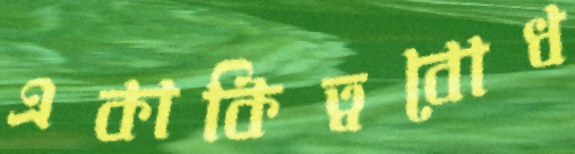
একাকিত্ববোধ